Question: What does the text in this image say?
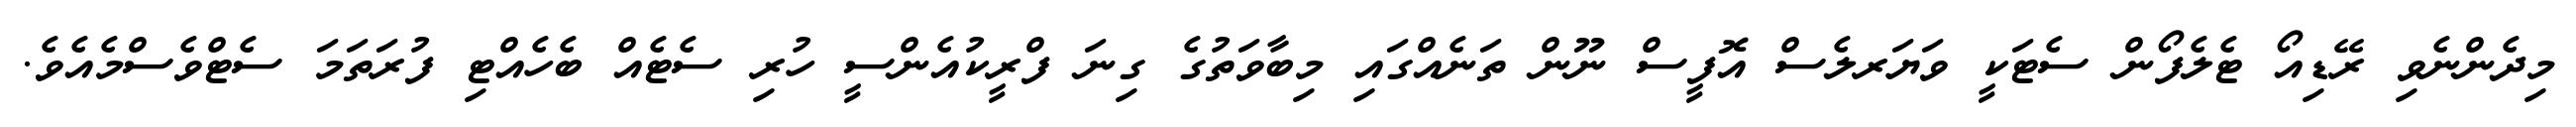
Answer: މިދެންނެވި ރޭޑިއޯ ޓެލެފޯން ސެޓަކީ ވަޔަރލެސް އޮފީސް ނޫން ތަނެއްގައި މިބާވަތުގެ ގިނަ ފްރީކުއެންސީ ހުރި ސެޓެއް ބެހެއްޓި ފުރަތަމަ ސެޓްވެސްމެއެވެ.